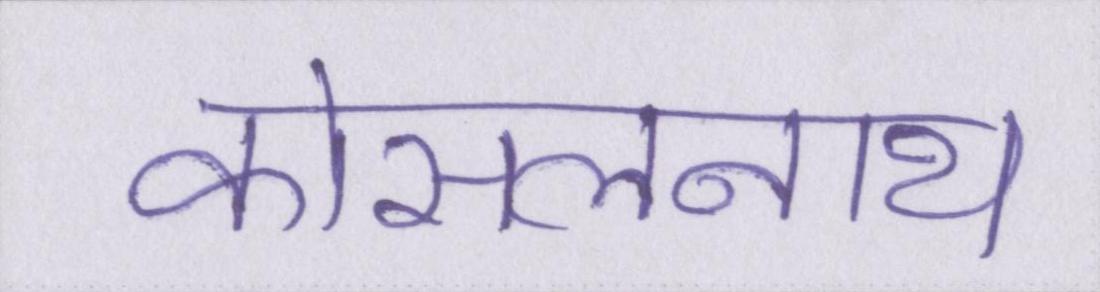
कोसलनाथ